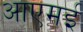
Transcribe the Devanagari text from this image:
आएमई